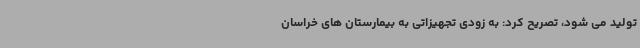
تولید می شود، تصریح کرد: به زودی تجهیزاتی به بیمارستان های خراسان